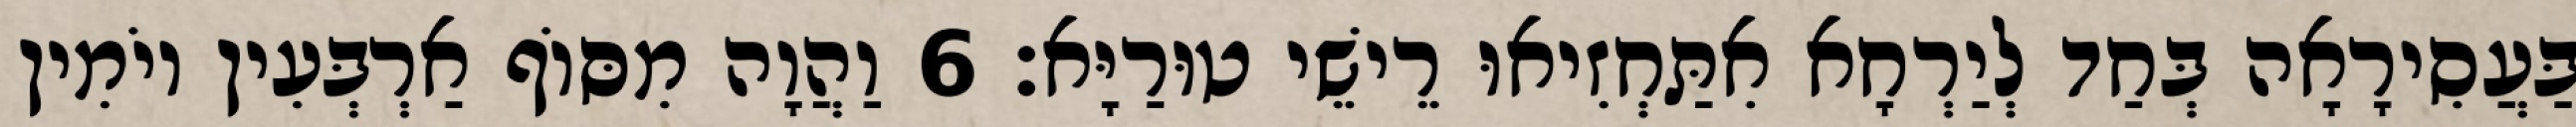
בַּעֲסִירָאָה בְּחַד לְיַרְחָא אִתַּחְזִיאוּ רֵישֵׁי טוּרַיָּא׃ 6 וַהֲוָה מִסּוֹף אַרְבְּעִין יוֹמִין